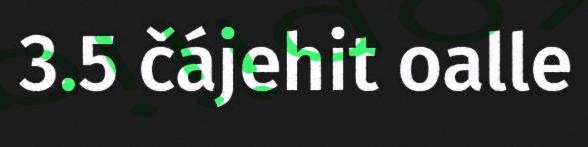
3.5 čájehit oalle